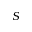
\boldsymbol { S }